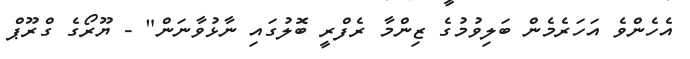
އެހެންވެ އަހަރެމެން ބަލިވުމުގެ ޒިންމާ ރެފްރީ ބޮލުގައި ނާޅުވާނަން" - ޔޫރޯގެ ގްރޫޕް